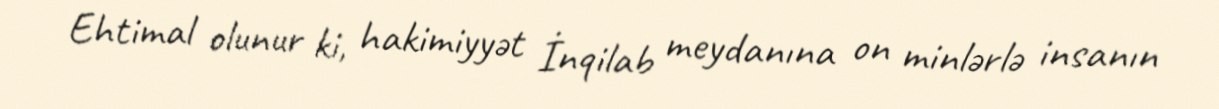
Ehtimal olunur ki, hakimiyyət İnqilab meydanına on minlərlə insanın